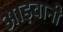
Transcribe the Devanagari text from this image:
आइवानी